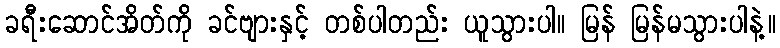
ခရီးဆောင်အိတ်ကို ခင်ဗျားနှင့် တစ်ပါတည်း ယူသွားပါ။ မြန် မြန်မသွားပါနဲ့။